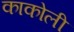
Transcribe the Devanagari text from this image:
काकोली